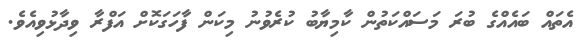
އެތައް ބައެއްގެ ބުރަ މަސައްކަތުން ކާމިޔާބު ކުރެވުނު މިކަން ފާހަގަކޮށް އަފްރާ ވިދާޅުވިއެވެ.